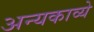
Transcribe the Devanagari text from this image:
अन्यकाव्ये